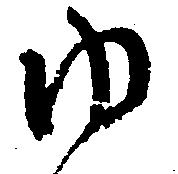
ゆ